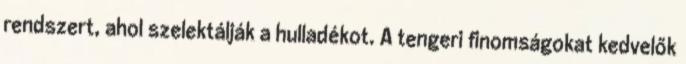
rendszert, ahol szelektálják a hulladékot. A tengeri finomságokat kedvelők